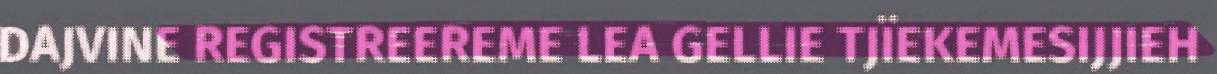
DAJVINE REGISTREEREME LEA GELLIE TJÏEKEMESIJJIEH